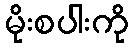
မိုးစပါးကို